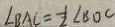
\angle B A C = \frac { 1 } { 2 } \angle B D C